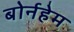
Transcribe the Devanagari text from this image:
बोर्नहेम